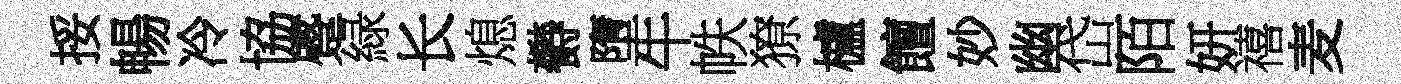
挼暢冷協蹙緑长熄欎墮牛帙獠櫨饘妙幽岱陌妍禧麦